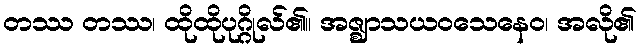
တဿ တဿ၊ ထိုထိုပုဂ္ဂိုလ်၏။ အဇ္ဈာသယဝသေနေဝ၊ အလို၏